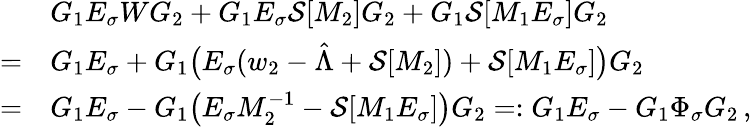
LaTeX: \begin{array}{rl}&{G_{1}E_{\sigma}WG_{2}+G_{1}E_{\sigma}\mathcal{S}[M_{2}]G_{2}+G_{1}\mathcal{S}[M_{1}E_{\sigma}]G_{2}}\\ {=}&{G_{1}E_{\sigma}+G_{1}\big(E_{\sigma}(w_{2}-\hat{{\Lambda}}+\mathcal{S}[M_{2}])+\mathcal{S}[M_{1}E_{\sigma}]\big)G_{2}}\\ {=}&{G_{1}E_{\sigma}-G_{1}\big(E_{\sigma}M_{2}^{-1}-\mathcal{S}[M_{1}E_{\sigma}]\big)G_{2}=:G_{1}E_{\sigma}-G_{1}\Phi_{\sigma}G_{2}\, ,}\end{array}